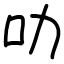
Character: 叻